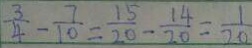
\frac { 3 } { 4 } - \frac { 7 } { 1 0 } = \frac { 1 5 } { 2 0 } - \frac { 1 4 } { 2 0 } = \frac { 1 } { 2 0 }